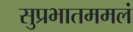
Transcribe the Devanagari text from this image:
सुप्रभातममलं